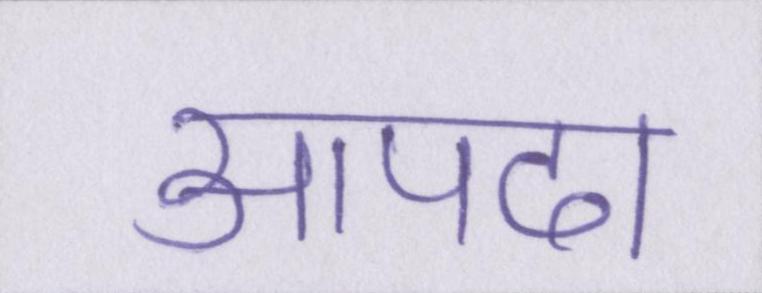
आपदा